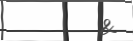
.   &